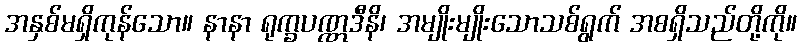
အနှစ်မရှိကုန်သော။ နာနာ ရုက္ခပဏ္ဏဒီနိ၊ အမျိုးမျိုးသောသစ်ရွက် အစရှိသည်တို့ကို။